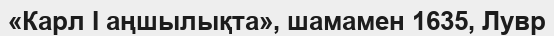
«Карл I аңшылықта», шамамен 1635, Лувр